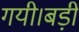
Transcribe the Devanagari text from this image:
गयी।बड़ी